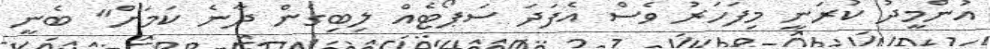
އުންމީދު ކުރަނީ މިފަހަރު ވެސް އެފަދަ ސަޕޯޓެއް ލިބިގެން ދާނެ ކަމަށް" ބެނީ